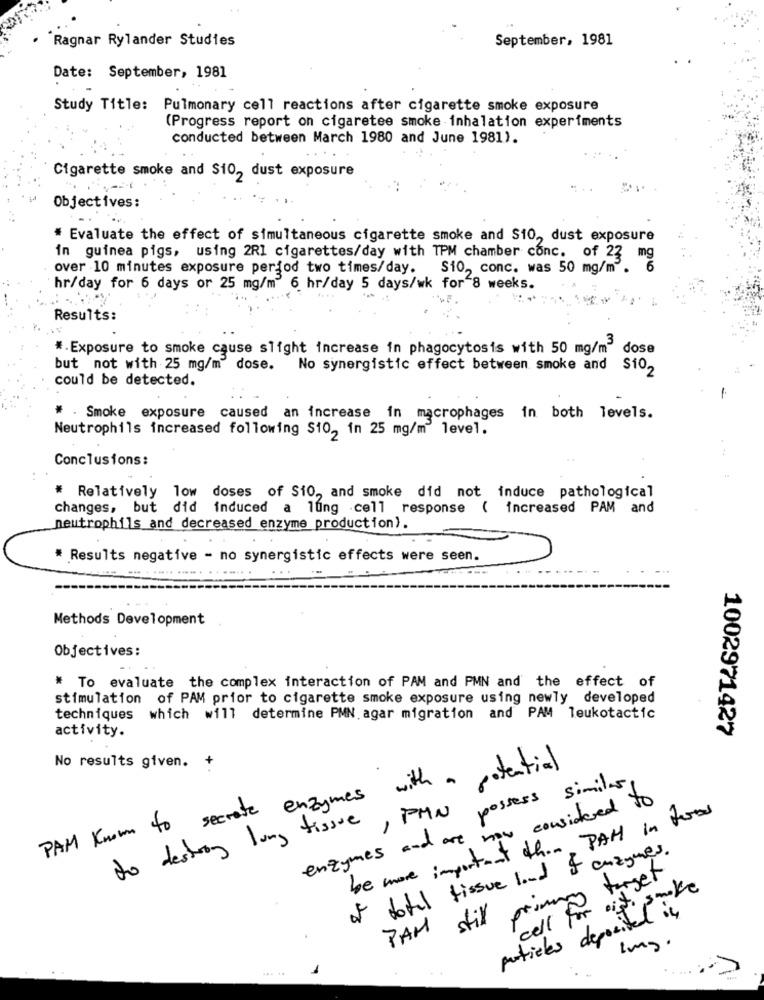
Ragnar Rylander Studies
September, 1981
Date: September, 1981
Study Title: Pulmonary cell reactions after cigarette smoke exposure
(Progress report on cigaretee smoke inhalation experiments
conducted between March 1980 and June 1981).
Cigarette smoke and S10, dust exposure
Objectives:
# Evaluate the effect of simultaneous cigarette smoke and S10 ,, dust exposure
in guinea pigs, using 2Rl cigarettes/day with TPM chamber conc. of 22
mg
over 10 minutes exposure period two times/day.
S10, conc. was 50 mg/m.
hr/day for 6 days or 25 mg/m 6 hr/day 5 days/wk for 8 weeks.
Results:
*. Exposure to smoke cause slight increase in phagocytosis with 50 mg/m dose
but not with 25 mg/m dose. No synergistic effect between smoke and Si0,
could be detected.
. Smoke exposure caused an increase in macrophages in both levels.
Neutrophils increased following $10, in 25 mg/m level.
Conclusions:
Relatively low doses of Si0 ,, and smoke did not induce pathological
changes, but did induced a lung cell response ( increased PAM and
neutrophils and decreased enzyme production).
* Results negative - no synergistic effects were seen.
Methods Development
Objectives:
* To evaluate the complex interaction of PAM and PMN and the effect of
stimulation of PAM prior to cigarette smoke exposure using newly developed
techniques which will determine PMN. agar migration and PAM leukotactic
activity.
1002971427
No results given. +
PAM Known to secrete enzymes with a potential
to destory lung tissue, PMN possess similes
enzymes and are now considered to
be more important than PAH in foros
of total tissue land of enzymes.
PAM still primary target
cell for oit
smoke
particles deposited in
Img.
... ..